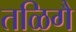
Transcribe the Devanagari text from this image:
तळिगै